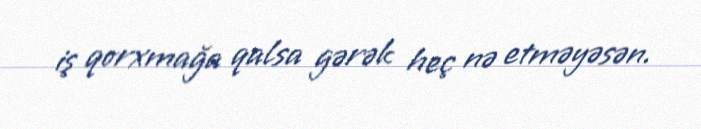
iş qorxmağa qalsa gərək heç nə etməyəsən.